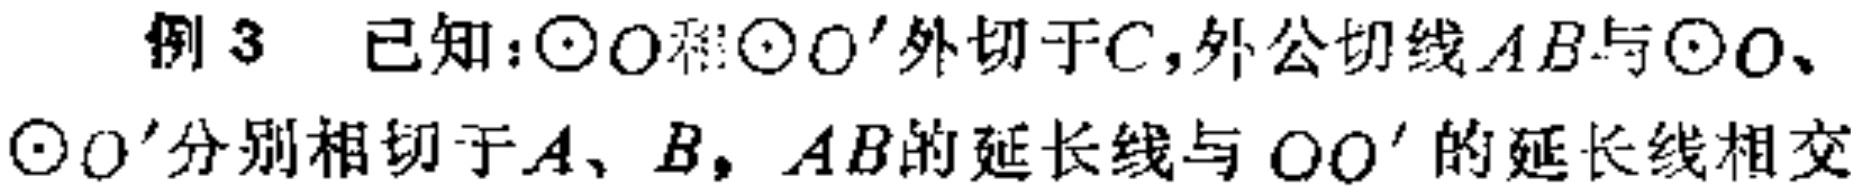
例3 已知：$\odot O$和$\odot O'$外切于$C$，外公切线$AB$与$\odot O$、$\odot O'$分别相切于$A$、$B$，$AB$的延长线与$OO'$的延长线相交